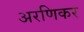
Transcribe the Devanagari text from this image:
अरणिकर